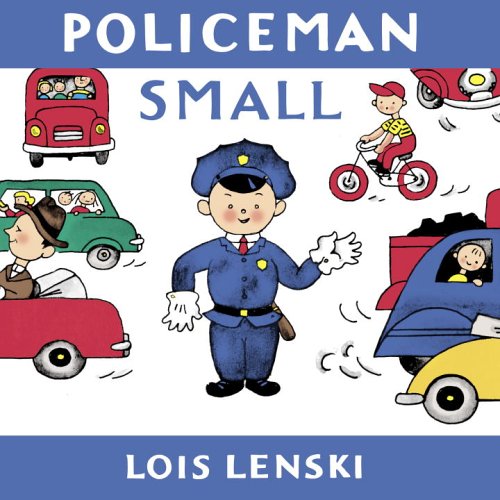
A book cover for Policeman Small (Lois Lenski Books); Lois Lenski; Children's Books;